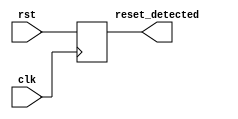
module synchronous_reset_detector (
    input wire clk,           // Clock input
    input wire rst,           // Synchronous reset input
    output reg reset_detected  // Reset detected output
);

// Always block that triggers on the rising edge of the clock
always @(posedge clk) begin
    // Update the reset_detected output based on the state of the rst signal
    reset_detected <= rst;
end

endmodule